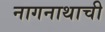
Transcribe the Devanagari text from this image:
नागनाथाची